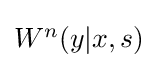
\textstyle W^{n}(y|x,s)